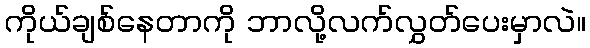
ကိုယ်ချစ်နေတာကို ဘာလို့လက်လွှတ်ပေးမှာလဲ။